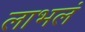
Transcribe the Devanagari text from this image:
लाभलं